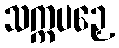
သက္ကပဉှေ